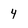
Character: 4